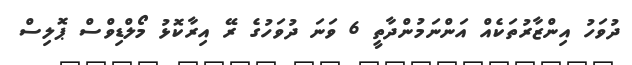
ދުވަހު އިންޒާރުތަކެއް އަންނަމުންދާތީ 6 ވަނަ ދުވަހުގެ ރޭ އިރާކޮޅު މޯލްޑިވްސް ޕޮލިސް